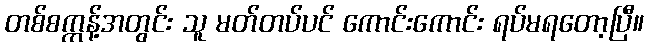
တစ်စက္ကန့်အတွင်း သူ မတ်တပ်ပင် ကောင်းကောင်း ရပ်မရတော့ပြီ။